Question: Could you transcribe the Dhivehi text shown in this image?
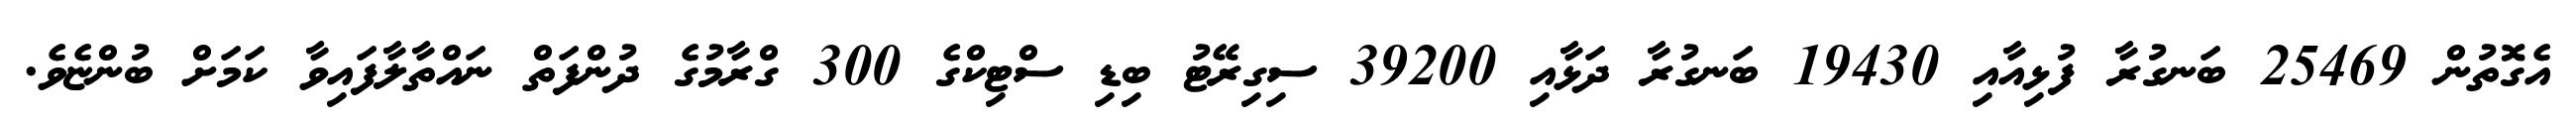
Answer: އެގޮތުން 25469 ބަނގުރާ ފުޅިއާއި 19430 ބަނގުރާ ދަޅާއި 39200 ސިގިރޭޓު ބިޑި ސްޓިކްގެ 300 ގްރާމުގެ ދުންފަތް ނައްތާލާފައިވާ ކަމަށް ބުންޏެވެ.